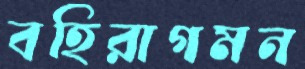
বহিরাগমন